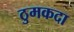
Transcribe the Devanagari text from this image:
ठुमकदा